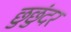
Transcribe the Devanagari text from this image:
छुछुंदर